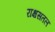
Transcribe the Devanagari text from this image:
राक्षसतल